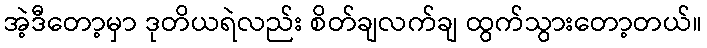
အဲ့ဒီတော့မှာ ဒုတိယရဲလည်း စိတ်ချလက်ချ ထွက်သွားတော့တယ်။